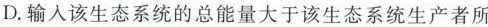
D.输入该生态系统的总能量大于该生态系统生产者所